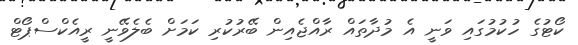
ކޯޓުގެ ހުކުމުގައި ވަނީ އެ މުދާތައް ރާއްޖެއިން ބޭރުކުރި ކަމަށް ބެލެވޭނީ ރީއެކްސްޕޯޓް